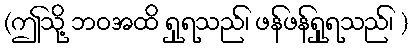
(ဤသို့ ဘဝအထိ ရှုရသည်၊ ဖန်ဖန်ရှုရသည်၊ )